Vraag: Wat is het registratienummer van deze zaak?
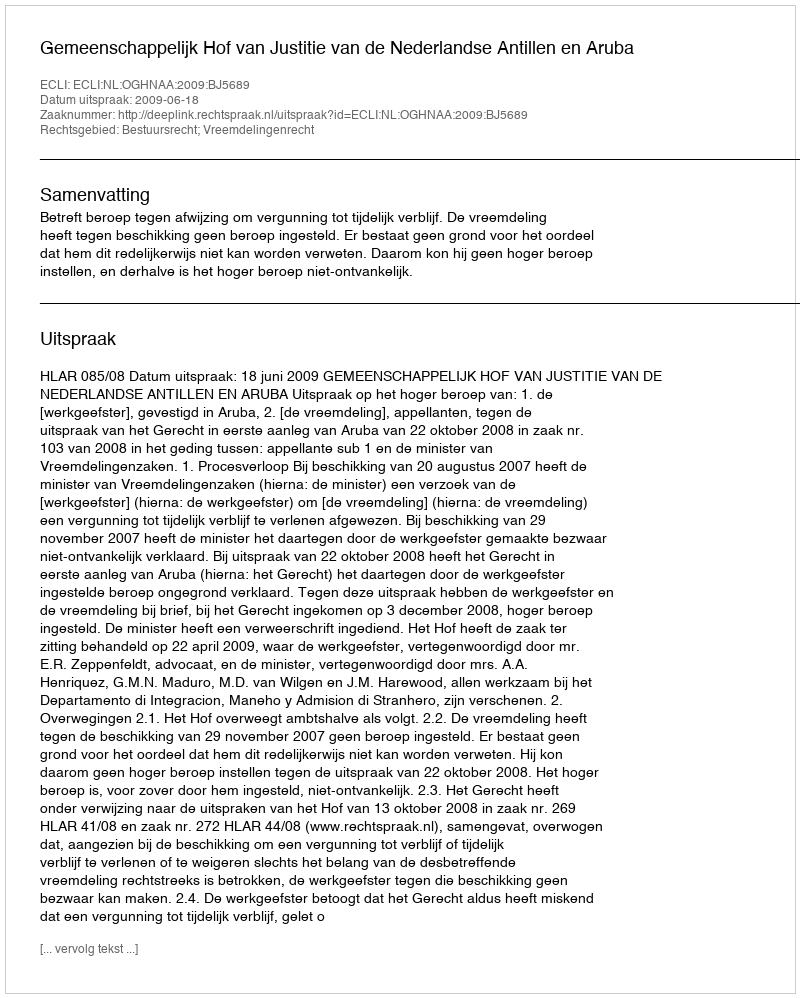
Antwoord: http://deeplink.rechtspraak.nl/uitspraak?id=ECLI:NL:OGHNAA:2009:BJ5689